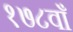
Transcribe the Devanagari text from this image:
१७८वाँ